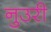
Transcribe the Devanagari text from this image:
नुउरी